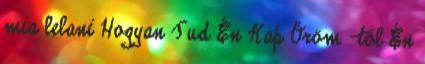
mia lelani Hogyan Tud Én Kap Öröm -től Én